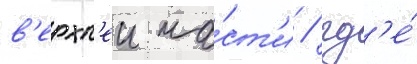
в'ерхн'еи ча́ст'и / гд'е́